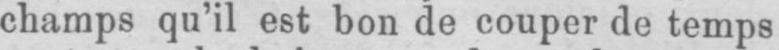
champs qu’il est bon de couper de temps